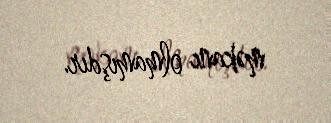
məkanı olmamışdır.